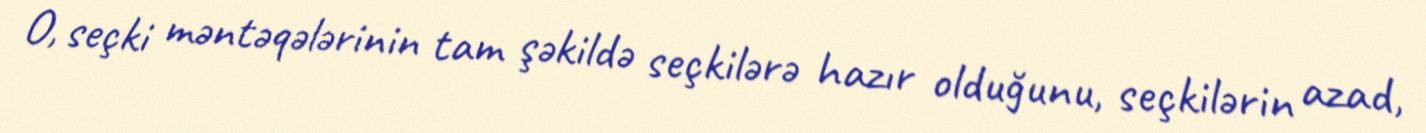
O, seçki məntəqələrinin tam şəkildə seçkilərə hazır olduğunu, seçkilərin azad,